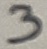
Text: 3